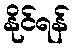
နိုင်ရန်